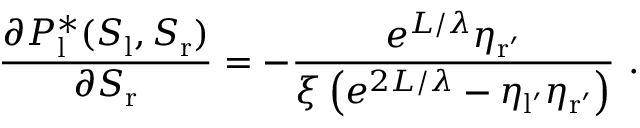
\frac { \partial P _ { \mathrm { l } } ^ { * } ( S _ { \mathrm { l } } , S _ { \mathrm { r } } ) } { \partial S _ { \mathrm { r } } } = - \frac { e ^ { L / \lambda } \eta _ { \mathrm { r ^ { \prime } } } } { \xi \left( e ^ { 2 L / \lambda } - \eta _ { \mathrm { l ^ { \prime } } } \eta _ { \mathrm { r ^ { \prime } } } \right) } \ .